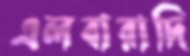
এলবারাদি